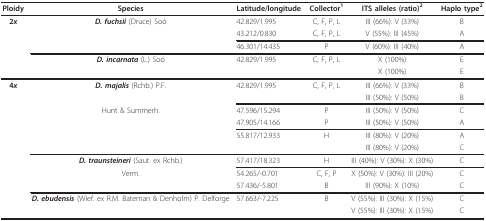
| Ploidy | Species | Latitude/longitude | Collector1 | ITS alleles (ratio)2 | Haplo type2 |
 | --- | --- | --- | --- | --- | --- |
 | 2x | D. fuchsii (Druce) Soó | 42.829/1.995 | C, F, P, L | III (66%): V (33%) | B |
 |  |  | 43.212/0.830 | C, F, P, L | V (55%): III (45%) | A |
 |  |  | 46.301/14.435 | P | V (60%): III (40%) | A |
 |  | D. incarnata (L.) Soó | 42.829/1.995 | C, F, P, L | X (100%) | E |
 |  |  |  |  | X (100%) | E |
 | 4x | D. majalis (Rchb.) P.F. | 42.829/1.995 | C, F, P, L | III (66%): V (33%) | B |
 |  |  |  |  | III (50%): V (50%) | B |
 |  | Hunt & Summerh. | 47.596/15.294 | P | III (50%): V (50%) | C |
 |  |  | 47.905/14.166 | P | III (50%): V (50%) | A |
 |  |  | 55.817/12.933 | H | III (80%): V (20%) | A |
 |  |  |  |  | III (80%): V (20%) | C |
 |  | D. traunsteineri (Saut. ex Rchb.) | 57.417/18.323 | H | III (40%): V (30%): X (30%) | C |
 |  | Verm. | 54.265/-0.701 | C, F, P | X (50%): V (30%): III (20%) | C |
 |  |  | 57.436/-5.801 | B | III (90%): X (10%) | C |
 |  | D. ebudensis (Wief. ex R.M. Bateman & Denholm) P. Delforge | 57.663/-7.225 | B | V (55%): III (30%): X (15%) | C |
 |  |  |  |  | V (55%): III (30%): X (15%) | C |